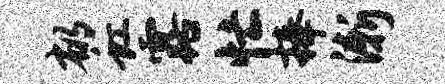
郁虹露忙捧渐